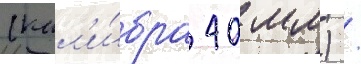
(кал'и́бра 40 мм) /